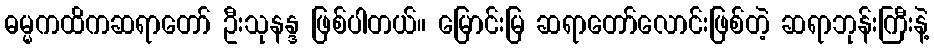
ဓမ္မကထိကဆရာတော် ဦးသုနန္ဒ ဖြစ်ပါတယ်။ မြောင်းမြ ဆရာတော်လောင်းဖြစ်တဲ့ ဆရာဘုန်းကြီးနဲ့